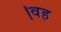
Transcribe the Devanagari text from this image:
।वह